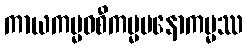
ကာယကမ္မဝစီကမ္မမနောကမ္မဿ